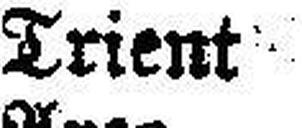
Trient